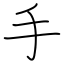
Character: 手